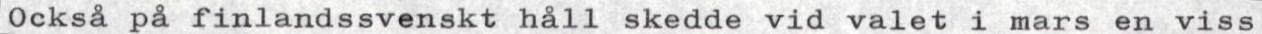
Också på finlandssvenskt håll skedde vid valet i mars en viss